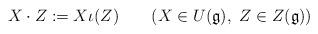
LaTeX: \begin{align*}X\cdot Z:=X\iota(Z)\qquad(X\in U(\mathfrak{g}),\,\, Z\in Z(\mathfrak{g}))\end{align*}